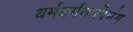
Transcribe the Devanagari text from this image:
धर्मधर्मताविभंग